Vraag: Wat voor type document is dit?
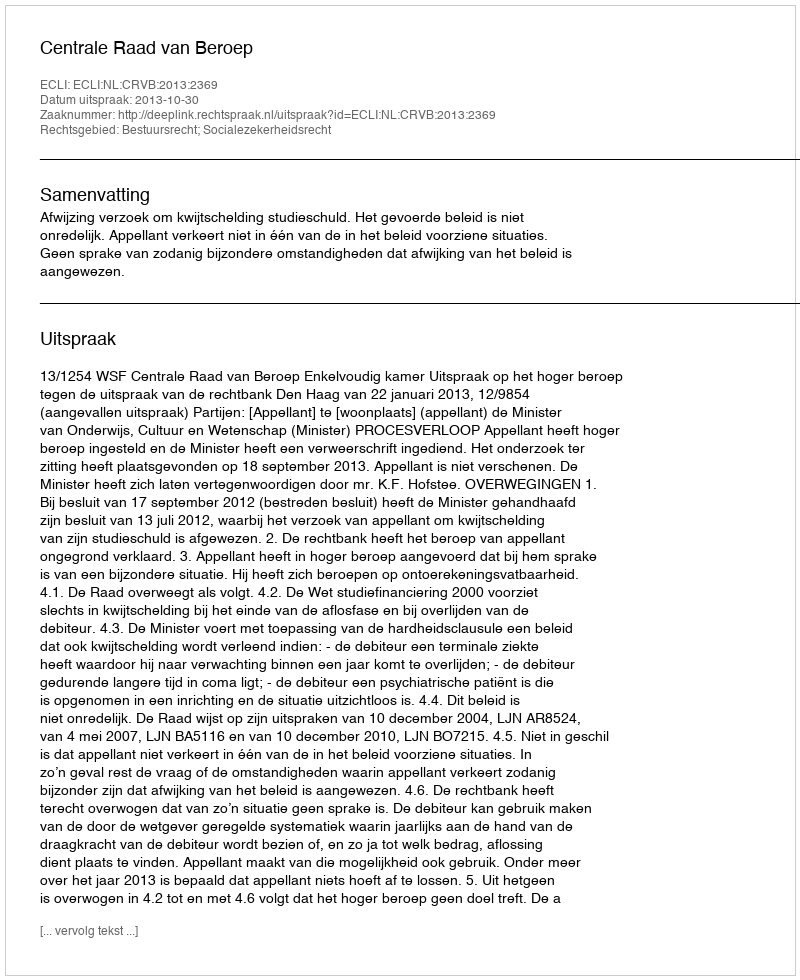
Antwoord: Uitspraak